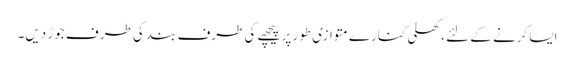
ایسا کرنے کے لئے ، کھلی کنارے متوازی طور پر پیچھے کی طرف بند کی طرف جوڑ دیں۔